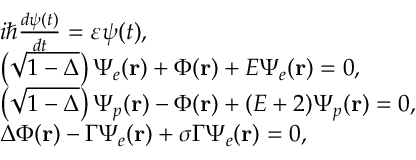
\begin{array} { r l } & { i \hbar \frac { { d \psi ( t ) } } { { d t } } = \varepsilon \psi ( t ) , } \\ & { \left( { \sqrt { 1 - \Delta } } \right) { \Psi _ { e } } ( { \bf { r } } ) + \Phi ( { \bf { r } } ) + E { \Psi _ { e } } ( { \bf { r } } ) = 0 , } \\ & { \left( { \sqrt { 1 - \Delta } } \right) { \Psi _ { p } } ( { \bf { r } } ) - \Phi ( { \bf { r } } ) + ( E + 2 ) { \Psi _ { p } } ( { \bf { r } } ) = 0 , } \\ & { \Delta \Phi ( { \bf { r } } ) - \Gamma { \Psi _ { e } } ( { \bf { r } } ) + \sigma \Gamma { \Psi _ { e } } ( { \bf { r } } ) = 0 , } \end{array}